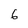
Character: 6